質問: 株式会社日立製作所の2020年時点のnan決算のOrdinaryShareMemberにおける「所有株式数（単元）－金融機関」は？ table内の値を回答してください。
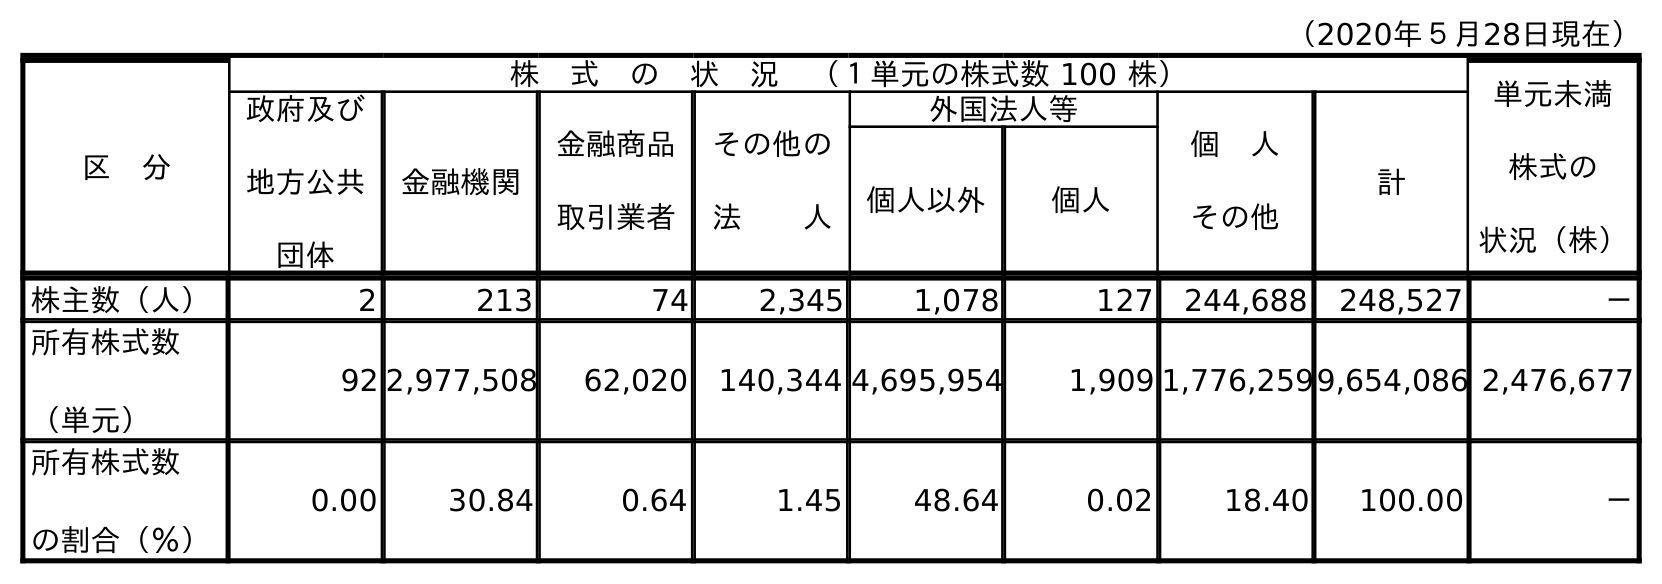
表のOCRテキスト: （2020年５月28日現在） 区 分 株 式 の 状 況 （１単元の株式数 100 株） 単元未満 株式の 状況（株） 政府及び 地方公共 団体 金融機関 金融商品 取引業者 その他の 法  人 外国法人等 個 人 その他 計 個人以外 個人 株主数（人） 2 213 74 2,345 1,078 127 244,688 248,527 － 所有株式数 （単元） 92 2,977,508 62,020 140,344 4,695,954 1,909 1,776,2599,654,086 2,476,677 所有株式数 の割合（％） 0.00 30.84 0.64 1.45 48.64 0.02 18.40 100.00 －
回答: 2,977,508